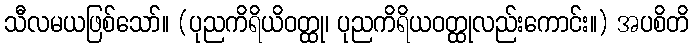
သီလမယဖြစ်သော်။ (ပုညကိရိယိဝတ္ထု၊ ပုညကိရိယဝတ္ထုလည်းကောင်း။) အပစိတိ